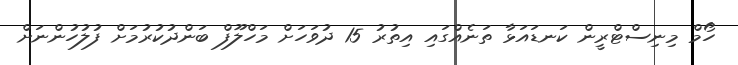
ހޯމް މިނިސްޓްރީން ކަނޑައަޅާ ތަނެއްގައި އިތުރު 15 ދުވަހަށް މަހްލޫފް ބަންދުކުރުމަށް ފުލުހުންނަށް